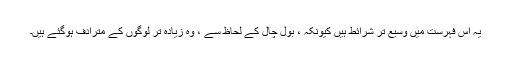
یہ اس فہرست میں وسیع تر شرائط ہیں کیونکہ ، بول چال کے لحاظ سے ، وہ زیادہ تر لوگوں کے مترادف ہوگئے ہیں۔